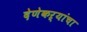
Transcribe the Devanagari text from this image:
देणेकऱ्यांचा